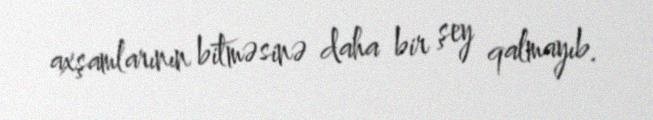
axşamlarının bitməsinə daha bir şey qalmayıb.